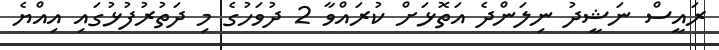
ރައީސް ނަޝީދު ނިލަންދެ އަތޮޅަށް ކުރައްވާ 2 ދުވަހުގެ މި ދަތުރުފުޅުގައި އިއްޔެ